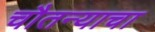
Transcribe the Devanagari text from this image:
चौतन्याचा